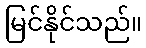
မြင်နိုင်သည်။